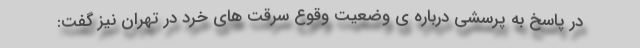
در پاسخ به پرسشی درباره ی وضعیت وقوع سرقت های خرد در تهران نیز گفت: